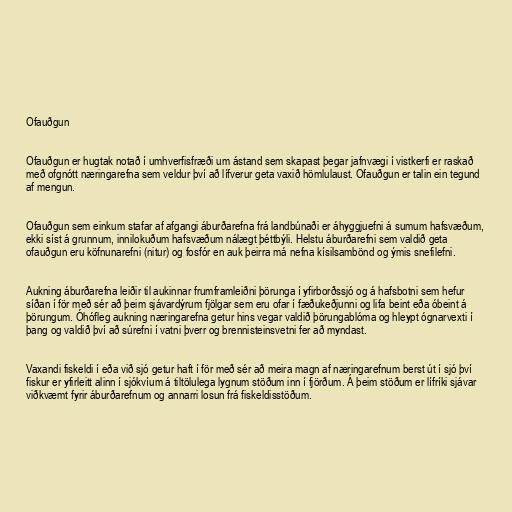
Ofauðgun

Ofauðgun er hugtak notað í umhverfisfræði um ástand sem skapast þegar jafnvægi í vistkerfi er raskað
með ofgnótt næringarefna sem veldur því að lífverur geta vaxið hömlulaust. Ofauðgun er talin ein tegund
af mengun.

Ofauðgun sem einkum stafar af afgangi áburðarefna frá landbúnaði er áhyggjuefni á sumum hafsvæðum,
ekki síst á grunnum, innilokuðum hafsvæðum nálægt þéttbýli. Helstu áburðarefni sem valdið geta
ofauðgun eru köfnunarefni (nitur) og fosfór en auk þeirra má nefna kísilsambönd og ýmis snefilefni.

Aukning áburðarefna leiðir til aukinnar frumframleiðni þörunga í yfirborðssjó og á hafsbotni sem hefur
síðan í för með sér að þeim sjávardýrum fjölgar sem eru ofar í fæðukeðjunni og lifa beint eða óbeint á
þörungum. Óhófleg aukning næringarefna getur hins vegar valdið þörungablóma og hleypt ógnarvexti í
þang og valdið því að súrefni í vatni þverr og brennisteinsvetni fer að myndast.

Vaxandi fiskeldi í eða við sjó getur haft í för með sér að meira magn af næringarefnum berst út í sjó því
fiskur er yfirleitt alinn í sjókvíum á tiltölulega lygnum stöðum inn í fjörðum. Á þeim stöðum er lífríki sjávar
viðkvæmt fyrir áburðarefnum og annarri losun frá fiskeldisstöðum.